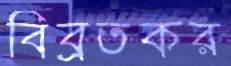
বিব্রতকর